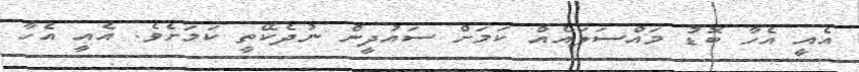
އެއީ އެހާ ބޮޑު މައްސަލައެއް ކަމަށް ސައުދީން ނުދެކޭތީ ކަމަށެވެ. އެއީ އެހާ